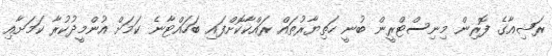
ރަޝިއާގެ ފޮރިން މިނިސްޓްރީން ބުނީ ހަތިޔާރުތައް ރައްކާކޮށްފައި ބަހައްޓާނެ ކަމަށް އުންމީދުކުރާ ކަމަށާއި